Civil Veterinary Dept. Bombay admin report 1923-31 - 1923-1931
Year: 1923
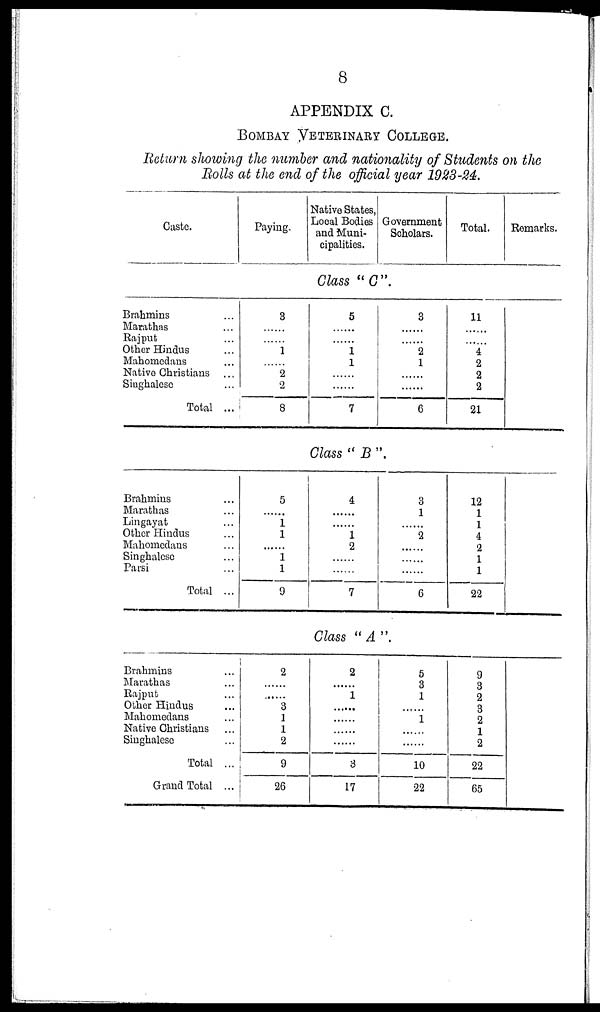
8
APPENDIX C.
BOMBAY VETERINARY COLLEGE..
Return showing the number and nationality of Students on the
Bolls at the end of the official year 1923-24.
Caste.
Paying.
Native States,
Local Bodies
and Muni-
cipalities.
Government
Scholars.
Total.
Remarks.
Class "C".
Brahmins ...
Marathas ...
Rajput ...
Other Hindus ...
Mahomedans ...
Native Christians ...
Singhalese ...
Total ...
3
......
......
1
......
2
2
8
5
......
......
1
1
......
......
7
3
......
......
2
1
......
6
11
......
......
4
2
2
2
21
Class " B ".
Brahmins ...
Marathas ...
Lingayat ...
Other Hindus ...
Mahomedans ...
Singhalese ...
Parsi ...
Total ...
5
......
1
1
......
1
1
9
4
......
......
1
2
......
......
7
3
1
......
2
......
......
......
6
12
1
1
4
2
1
1
22
Class " A "
Brahmins ...
Marathas ...
Rajput ...
Other Hindus ...
Mahomedans ...
Native Christians ...
Singhalese ...
Total ...
Grand Total ...
2
......
......
3
1
1
2
9
26
2
......
1
......
......
......
......
3
17
5
3
1
......
1
......
......
10
22
9
3
2
3
2
1
2
22
65